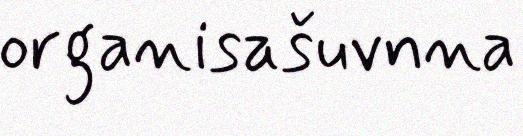
organisašuvnna